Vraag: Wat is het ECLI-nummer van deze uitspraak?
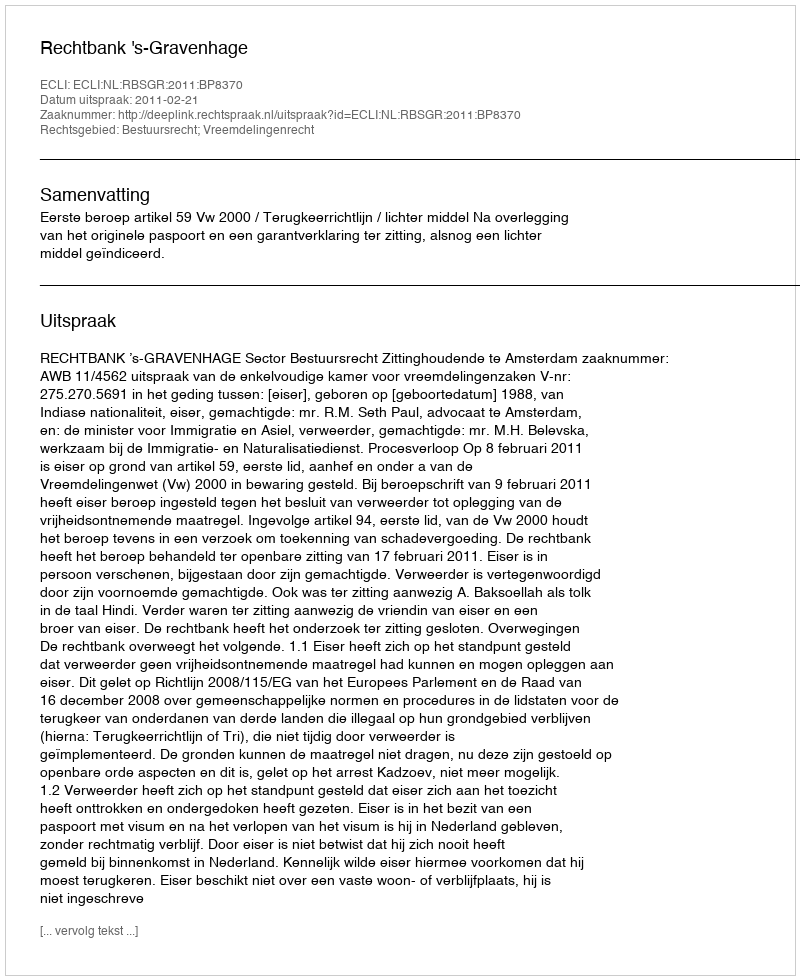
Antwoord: ECLI:NL:RBSGR:2011:BP8370